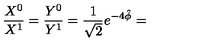
\frac { X ^ { 0 } } { X ^ { 1 } } = \frac { Y ^ { 0 } } { Y ^ { 1 } } = \frac { 1 } { \sqrt { 2 } } e ^ { - 4 \hat { \phi } } =